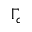
\Gamma _ { c }